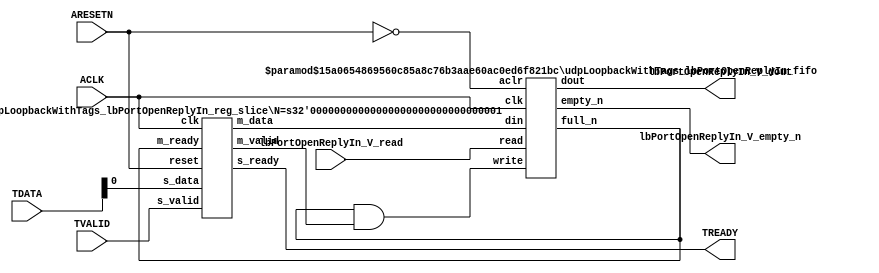
// ==============================================================
// File generated by Vivado(TM) HLS - High-Level Synthesis from C, C++ and SystemC
// Version: 2016.3
// Copyright (C) 1986-2016 Xilinx, Inc. All Rights Reserved.
// 
// ==============================================================


`timescale 1ns/1ps

module udpLoopbackWithTags_lbPortOpenReplyIn_if (
    // AXI4-Stream singals
    input  wire       ACLK,
    input  wire       ARESETN,
    input  wire       TVALID,
    output wire       TREADY,
    input  wire [7:0] TDATA,
    // User signals
    output wire [0:0] lbPortOpenReplyIn_V_dout,
    output wire       lbPortOpenReplyIn_V_empty_n,
    input  wire       lbPortOpenReplyIn_V_read
);
//------------------------Local signal-------------------
// FIFO
wire [0:0] fifo_write;
wire [0:0] fifo_full_n;
wire [0:0] lbPortOpenReplyIn_V_din;
wire [0:0] lbPortOpenReplyIn_V_full_n;
// register slice
wire [0:0] s_valid;
wire [0:0] s_ready;
wire [0:0] s_data;
wire [0:0] m_valid;
wire [0:0] m_ready;
wire [0:0] m_data;

//------------------------Instantiation------------------
// rs
udpLoopbackWithTags_lbPortOpenReplyIn_reg_slice #(
    .N       ( 1 )
) rs (
    .clk     ( ACLK ),
    .reset   ( ARESETN ),
    .s_data  ( s_data ),
    .s_valid ( s_valid ),
    .s_ready ( s_ready ),
    .m_data  ( m_data ),
    .m_valid ( m_valid ),
    .m_ready ( m_ready )
);

// lbPortOpenReplyIn_V_fifo
udpLoopbackWithTags_lbPortOpenReplyIn_fifo #(
    .DATA_BITS  ( 1 ),
    .DEPTH_BITS ( 4 )
) lbPortOpenReplyIn_V_fifo (
    .clk        ( ACLK ),
    .aclr       ( ~ARESETN ),
    .empty_n    ( lbPortOpenReplyIn_V_empty_n ),
    .full_n     ( lbPortOpenReplyIn_V_full_n ),
    .read       ( lbPortOpenReplyIn_V_read ),
    .write      ( fifo_write ),
    .dout       ( lbPortOpenReplyIn_V_dout ),
    .din        ( lbPortOpenReplyIn_V_din )
);

//------------------------Body---------------------------
//++++++++++++++++++++++++AXI4-Stream++++++++++++++++++++
assign TREADY = s_ready;

//+++++++++++++++++++++++++++++++++++++++++++++++++++++++

//++++++++++++++++++++++++Reigister Slice++++++++++++++++
assign s_valid = TVALID;
assign m_ready = fifo_full_n;
assign s_data  = {TDATA[0:0]};

//+++++++++++++++++++++++++++++++++++++++++++++++++++++++

//++++++++++++++++++++++++FIFO+++++++++++++++++++++++++++
assign fifo_write              = fifo_full_n & m_valid;
assign lbPortOpenReplyIn_V_din = m_data[0:0];
assign fifo_full_n             = lbPortOpenReplyIn_V_full_n;

//+++++++++++++++++++++++++++++++++++++++++++++++++++++++

endmodule



`timescale 1ns/1ps

module udpLoopbackWithTags_lbPortOpenReplyIn_fifo
#(parameter
    DATA_BITS  = 8,
    DEPTH_BITS = 4
)(
    input  wire                 clk,
    input  wire                 aclr,
    output wire                 empty_n,
    output wire                 full_n,
    input  wire                 read,
    input  wire                 write,
    output wire [DATA_BITS-1:0] dout,
    input  wire [DATA_BITS-1:0] din
);
//------------------------Parameter----------------------
localparam
    DEPTH = 1 << DEPTH_BITS;
//------------------------Local signal-------------------
reg                   empty;
reg                   full;
reg  [DEPTH_BITS-1:0] index;
reg  [DATA_BITS-1:0]  mem[0:DEPTH-1];
//------------------------Body---------------------------
assign empty_n = ~empty;
assign full_n  = ~full;
assign dout    = mem[index];

// empty
always @(posedge clk or posedge aclr) begin
    if (aclr)
        empty <= 1'b1;
    else if (empty & write & ~read)
        empty <= 1'b0;
    else if (~empty & ~write & read & (index==1'b0))
        empty <= 1'b1;
end

// full
always @(posedge clk or posedge aclr) begin
    if (aclr)
        full <= 1'b0;
    else if (full & read & ~write)
        full <= 1'b0;
    else if (~full & ~read & write & (index==DEPTH-2'd2))
        full <= 1'b1;
end

// index
always @(posedge clk or posedge aclr) begin
    if (aclr)
        index <= {DEPTH_BITS{1'b1}};
    else if (~empty & ~write & read)
        index <= index - 1'b1;
    else if (~full & ~read & write)
        index <= index + 1'b1;
end

// mem
always @(posedge clk) begin
    if (~full & write) mem[0] <= din;
end

genvar i;
generate
    for (i = 1; i < DEPTH; i = i + 1) begin : gen_sr
        always @(posedge clk) begin
            if (~full & write) mem[i] <= mem[i-1];
        end
    end
endgenerate

endmodule

`timescale 1ns/1ps

module udpLoopbackWithTags_lbPortOpenReplyIn_reg_slice
#(parameter
    N = 8   // data width
) (
    // system signals
    input  wire         clk,
    input  wire         reset,
    // slave side
    input  wire [N-1:0] s_data,
    input  wire         s_valid,
    output wire         s_ready,
    // master side
    output wire [N-1:0] m_data,
    output wire         m_valid,
    input  wire         m_ready
);
//------------------------Parameter----------------------
// state
localparam [1:0]
    ZERO = 2'b10,
    ONE  = 2'b11,
    TWO  = 2'b01;
//------------------------Local signal-------------------
reg  [N-1:0] data_p1;
reg  [N-1:0] data_p2;
wire         load_p1;
wire         load_p2;
wire         load_p1_from_p2;
reg          s_ready_t;
reg  [1:0]   state;
reg  [1:0]   next;
//------------------------Body---------------------------
assign s_ready = s_ready_t;
assign m_data  = data_p1;
assign m_valid = state[0];

assign load_p1 = (state == ZERO && s_valid) ||
                 (state == ONE && s_valid && m_ready) ||
                 (state == TWO && m_ready);
assign load_p2 = s_valid & s_ready;
assign load_p1_from_p2 = (state == TWO);

// data_p1
always @(posedge clk) begin
    if (load_p1) begin
        if (load_p1_from_p2)
            data_p1 <= data_p2;
        else
            data_p1 <= s_data;
    end
end

// data_p2
always @(posedge clk) begin
    if (load_p2) data_p2 <= s_data;
end

// s_ready_t
always @(posedge clk) begin
    if (~reset)
        s_ready_t <= 1'b0;
    else if (state == ZERO)
        s_ready_t <= 1'b1;
    else if (state == ONE && next == TWO)
        s_ready_t <= 1'b0;
    else if (state == TWO && next == ONE)
        s_ready_t <= 1'b1;
end

// state
always @(posedge clk) begin
    if (~reset)
        state <= ZERO;
    else
        state <= next;
end

// next
always @(*) begin
    case (state)
        ZERO:
            if (s_valid & s_ready)
                next = ONE;
            else
                next = ZERO;
        ONE:
            if (~s_valid & m_ready)
                next = ZERO;
            else if (s_valid & ~m_ready)
                next = TWO;
            else
                next = ONE;
        TWO:
            if (m_ready)
                next = ONE;
            else
                next = TWO;
        default:
            next = ZERO;
    endcase
end

endmodule